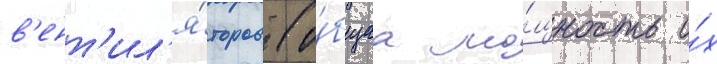
в'ент'ил'я́торов (о́бщаа мо́щность и́х